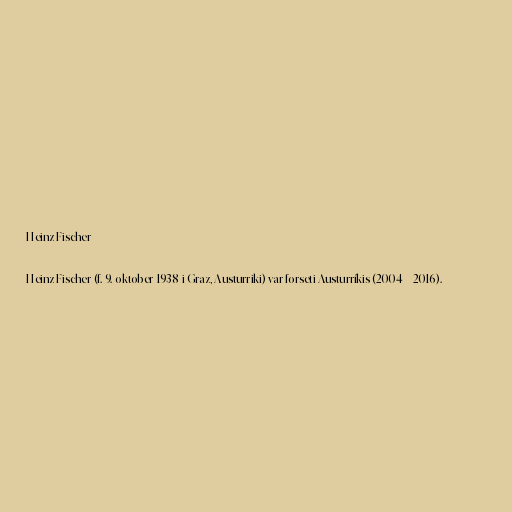
Heinz Fischer

Heinz Fischer (f. 9. oktober 1938 i Graz, Austurriki) var forseti Austurríkis (2004 – 2016).